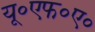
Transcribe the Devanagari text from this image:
यू॰एफ॰ए॰